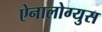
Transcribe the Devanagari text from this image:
ऐनालोग्युस